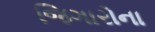
જિગારોના